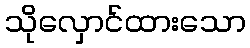
သိုလှောင်ထားသော